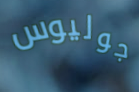
جوليوس